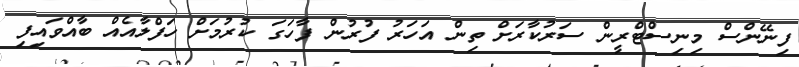
ފިނޭންސް މިނިސްޓްރީން ސަރުކާރަށް ތިން އަހަރު ފުރުން ފާހަގަ ކުރުމަށް ހަފްލާއެއް ބާއްވައިފި